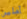
آملين